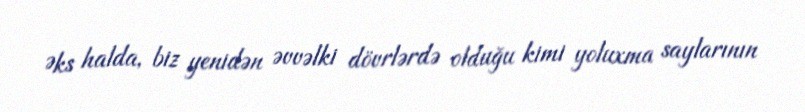
Əks halda, biz yenidən əvvəlki dövrlərdə olduğu kimi yoluxma saylarının